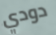
دودي